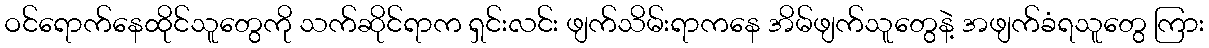
ဝင်ရောက်နေထိုင်သူတွေကို သက်ဆိုင်ရာက ရှင်းလင်း ဖျက်သိမ်းရာကနေ အိမ်ဖျက်သူတွေနဲ့ အဖျက်ခံရသူတွေ ကြား